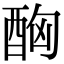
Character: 𨠮